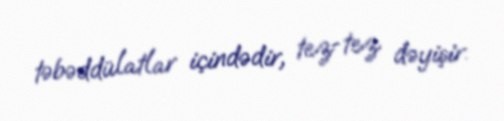
təbəddülatlar içindədir, tez-tez dəyişir.